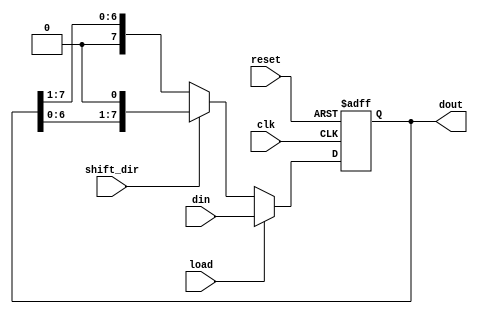
module LogarithmicShiftRegister #(
    parameter WIDTH = 8  // Configurable width of the register
)(
    input wire clk,               // Clock signal
    input wire reset,             // Synchronous reset
    input wire load,              // Load enable
    input wire shift_dir,         // Shift direction: 1 for left, 0 for right
    input wire [WIDTH-1:0] din,   // Data input for parallel load
    output reg [WIDTH-1:0] dout   // Data output
);

    // Internal register to hold the current state
    reg [WIDTH-1:0] reg_data;

    always @(posedge clk or posedge reset) begin
        if (reset) begin
            reg_data <= 0;           // Clear register on reset
        end else if (load) begin
            reg_data <= din;         // Load data on load signal
        end else begin
            if (shift_dir) begin
                // Perform left shift
                reg_data <= {reg_data[WIDTH-2:0], 1'b0}; // Append 0 on LSB
            end else begin
                // Perform right shift
                reg_data <= {1'b0, reg_data[WIDTH-1:1]}; // Append 0 on MSB
            end
        end
    end

    // Assign the output
    assign dout = reg_data;

endmodule